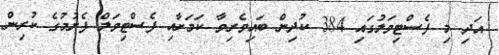
އަދި މި ފެސްޓިވަލުގައި 384 ކުދިން ބައިވެރިވާ ކަމަށާއި ފެސްޓިވަލް ފެށުމުގެ ކުރިން